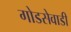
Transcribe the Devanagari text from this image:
गोडसेवाडी